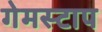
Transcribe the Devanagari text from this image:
गेमस्टाप